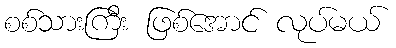
စစ်သားကြီး ဖြစ်အောင် လုပ်မယ်